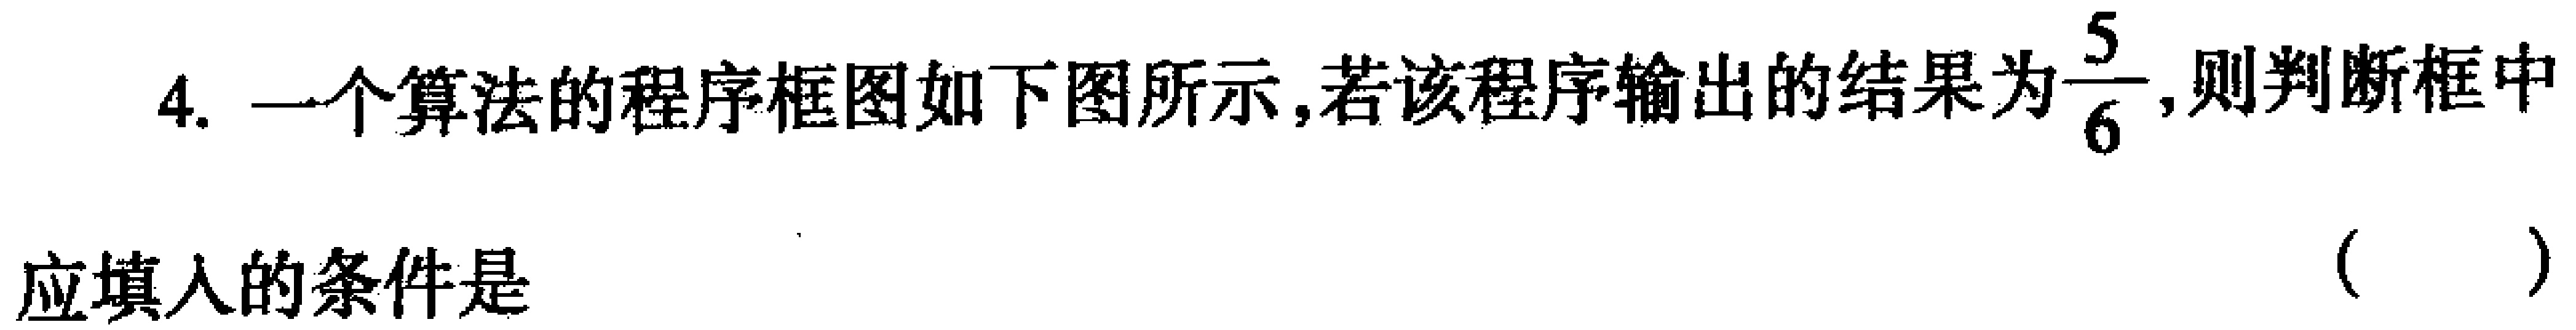
4. 一个算法的程序框图如下图所示,若该程序输出的结果为$\dfrac{5}{6}$,则判断框中

应填入的条件是 （  ）